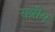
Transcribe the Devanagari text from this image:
राष्रीय